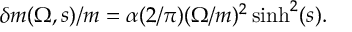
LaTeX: { \delta m ( \Omega , s ) / m } = \alpha ( 2 / \pi ) ( \Omega / m ) ^ { 2 } \sinh ^ { 2 } ( s ) .